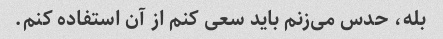
بله، حدس می‌زنم باید سعی کنم از آن استفاده کنم.